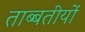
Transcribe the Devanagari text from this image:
ताब्बतीयों